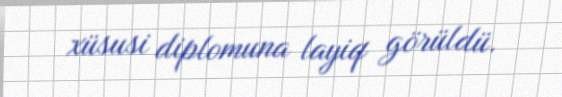
xüsusi diplomuna layiq görüldü.